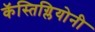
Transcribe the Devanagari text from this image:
कॅस्तिग्लियोनी